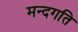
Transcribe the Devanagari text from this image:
मन्दगति